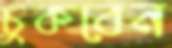
চুকবেন